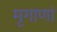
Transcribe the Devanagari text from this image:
मृगाणां